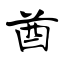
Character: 酋